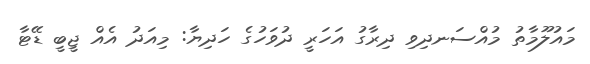
މައުލޫމާތު މުއްސަނދިވި ދިރާގު އަހަރީ ދުވަހުގެ ހަދިޔާ: މިއަދު އެއް ޖީބީ ޑޭޓާ